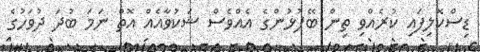
ޑިސްކޮލިފައި ކުރެއްވި ތިން ބޭފުޅުންގެ އެއްވެސް ޝަކުވާއެއް އޮތް ނަމަ ބުދަ ދުވަހުގެ